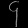
Digit: ၄